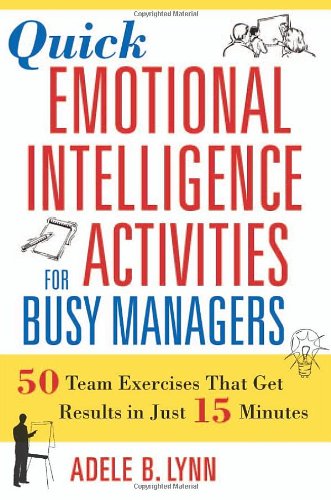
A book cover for Quick Emotional Intelligence Activities for Busy Managers: 50 Team Exercises That Get Results in Just 15 Minutes; Adele B. Lynn; Business & Money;